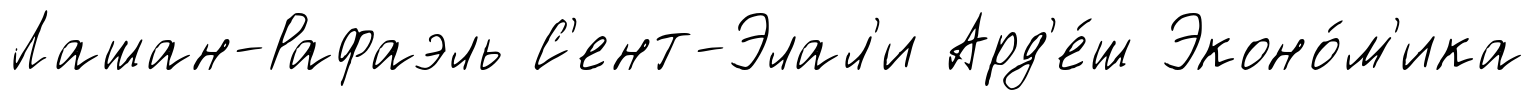
Лашан-Рафаэль С'ент-Элал'и Ард'е́ш Эконо́м'ика